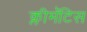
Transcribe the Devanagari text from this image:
क्लीमॅटिस